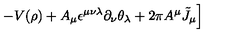
\left. - V ( \rho ) + A _ { \mu } \epsilon ^ { \mu \nu \lambda } \partial _ { \nu } \theta _ { \lambda } + 2 \pi A ^ { \mu } { \tilde { J } } _ { \mu } \right]